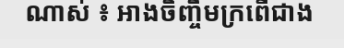
ណាស់ ៖ អាងចិញ្ចឹមក្រពើជាង